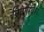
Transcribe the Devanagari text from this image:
निवारिये।।